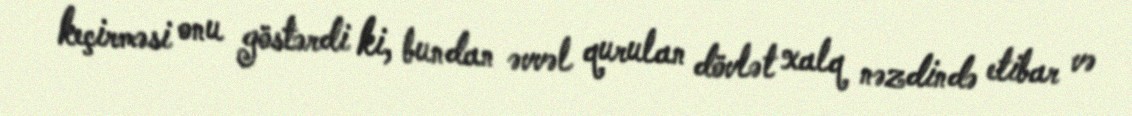
keçirməsi onu göstərdi ki, bundan əvvəl qurulan dövlət xalq nəzdində etibar və